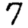
Digit: 7